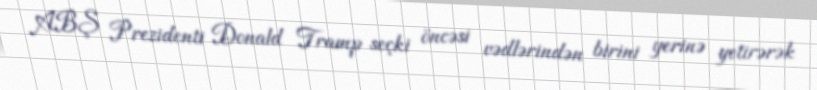
ABŞ Prezidenti Donald Tramp seçki öncəsi vədlərindən birini yerinə yetirərək